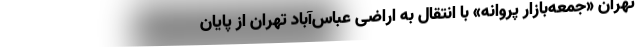
تهران «جمعه‌بازار پروانه» با انتقال به اراضی عباس‌آباد تهران از پایان